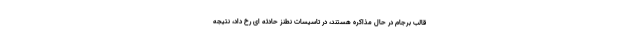
قالب برجام در حال مذاکره هستند، در تاسیسات نطنز حادثه ای رخ داد، نتیجه